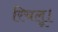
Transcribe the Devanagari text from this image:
रिचलू।